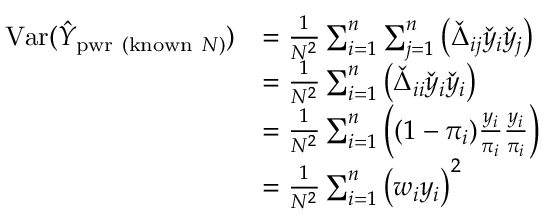
{ \begin{array} { r l } { \operatorname { V a r } ( { \hat { Y } } _ { { \mathrm { p w r ~ ( k n o w n ~ } } N { \mathrm { ) } } } ) } & { = { \frac { 1 } { N ^ { 2 } } } \sum _ { i = 1 } ^ { n } \sum _ { j = 1 } ^ { n } \left( { \check { \Delta } } _ { i j } { \check { y } } _ { i } { \check { y } } _ { j } \right) } \\ & { = { \frac { 1 } { N ^ { 2 } } } \sum _ { i = 1 } ^ { n } \left( { \check { \Delta } } _ { i i } { \check { y } } _ { i } { \check { y } } _ { i } \right) } \\ & { = { \frac { 1 } { N ^ { 2 } } } \sum _ { i = 1 } ^ { n } \left( ( 1 - \pi _ { i } ) { \frac { y _ { i } } { \pi _ { i } } } { \frac { y _ { i } } { \pi _ { i } } } \right) } \\ & { = { \frac { 1 } { N ^ { 2 } } } \sum _ { i = 1 } ^ { n } \left( w _ { i } y _ { i } \right) ^ { 2 } } \end{array} }